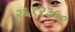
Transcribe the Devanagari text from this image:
२६१२३६०